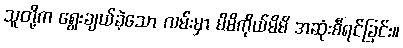
သူတို့က ရွေးချယ်ခဲ့သော လမ်းမှာ မိမိကိုယ်မိမိ အဆုံးစီရင်ခြင်း။